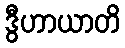
ဒွီဟာယာတိ